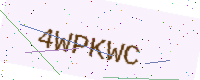
Text: 4WPKWC